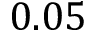
0 . 0 5